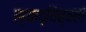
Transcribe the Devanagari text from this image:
स्याद्विह्वलं